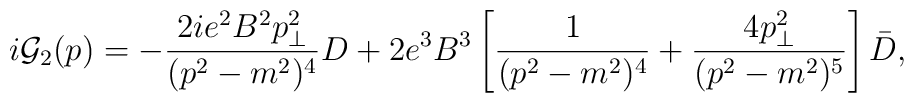
i{\cal G}_2(p)=-{2ie^2B^2p_{\bot}^2\over (p^2-m^2)^4}D+2 e^3B^3 \left[ {1 \over (p^2-m^2)^4} + {4 p_{\bot}^2 \over (p^2-m^2)^5} \right] \bar D ,